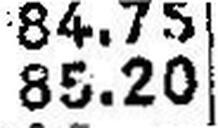
85.20